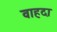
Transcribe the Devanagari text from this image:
वाहदा